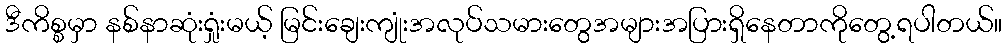
ဒီကိစ္စမှာ နစ်နာဆုံးရှုံးမယ့် မြင်းချေးကျုံးအလုပ်သမားတွေအများအပြားရှိနေတာကိုတွေ့ရပါတယ်။